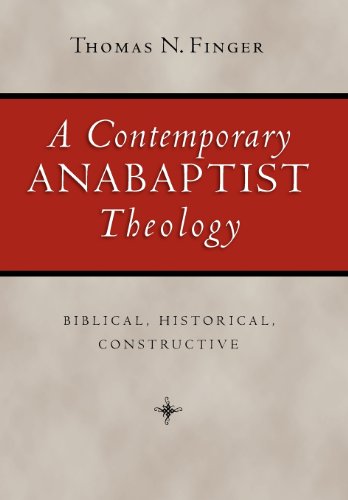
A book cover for A Contemporary Anabaptist Theology: Biblical, Historical, Constructive; Thomas N. Finger; Christian Books & Bibles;